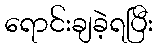
ရောင်းချခဲ့ရပြီး